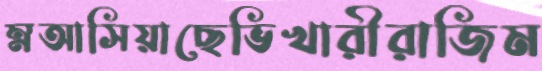
ম্নআসিয়াছেভিখারীরাজিম